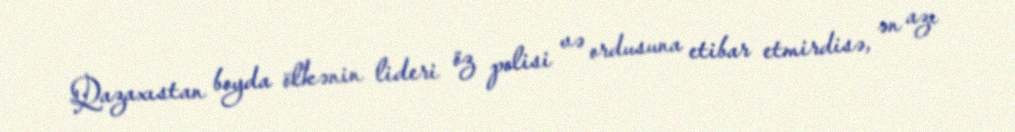
Qazaxıstan boyda ölkənin lideri öz polisi və ordusuna etibar etmirdisə, ən azı